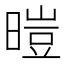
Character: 暟